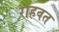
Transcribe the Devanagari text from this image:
राहवत